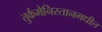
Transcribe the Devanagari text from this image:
तुर्कमेनिस्तानमधील